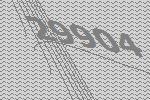
29904